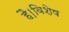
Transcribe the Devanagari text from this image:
है।विशेष